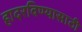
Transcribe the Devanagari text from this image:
हादरविण्यासाठी